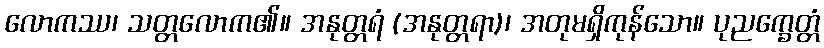
လောကဿ၊ သတ္တလောက၏။ အနုတ္တရံ (အနုတ္တရာ)၊ အတုမရှိကုန်သော။ ပုညက္ခေတ္တံ